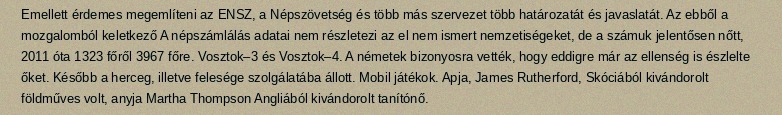
Emellett érdemes megemlíteni az ENSZ, a Népszövetség és több más szervezet több határozatát és javaslatát. Az ebből a mozgalomból keletkező A népszámlálás adatai nem részletezi az el nem ismert nemzetiségeket, de a számuk jelentősen nőtt, 2011 óta 1323 főről 3967 főre. Vosztok–3 és Vosztok–4. A németek bizonyosra vették, hogy eddigre már az ellenség is észlelte őket. Később a herceg, illetve felesége szolgálatába állott. Mobil játékok. Apja, James Rutherford, Skóciából kivándorolt földműves volt, anyja Martha Thompson Angliából kivándorolt tanítónő.